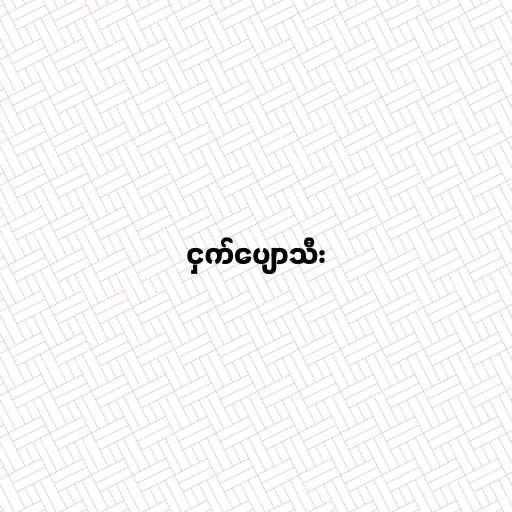
ငှက်ပျောသီး